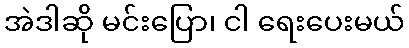
အဲဒါဆို မင်းပြော၊ ငါ ရေးပေးမယ်